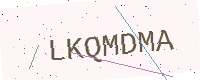
Text: LKQMDMA